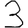
Digit: 3